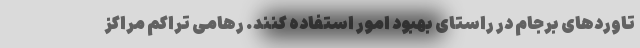
تاوردهای برجام در راستای بهبود امور استفاده کنند. رهامی تراکم مراکز